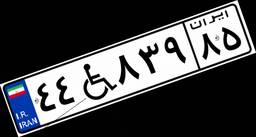
۴۴W۸۳۹۸۵